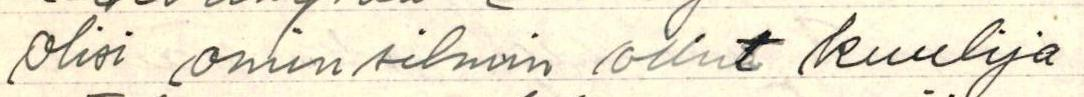
olisi omin silmin ollut kuulija